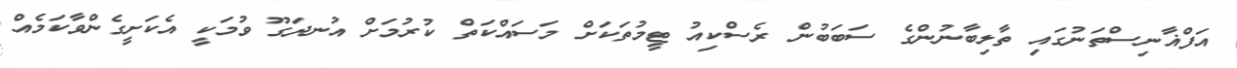
އަފްޣާނިސްތަނުގައި ތާލިބާނުންގެ ސަބަބުން ރެސްކިއު ޓީމުތަކަށް މަސައްކަތް ކުރުމަށް އުނދަގޫ ވުމަކީ އެކަށީގެންވާކަމެއް